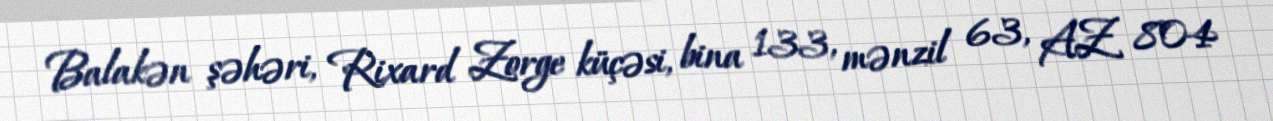
Balakən şəhəri, Rixard Zorge küçəsi, bina 133, mənzil 63, AZ 804